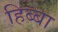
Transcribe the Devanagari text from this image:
हिब्बा